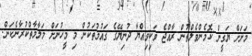
މަށަށް ޔަޤީން ކޮމެންވެލްތުން ރާއްޖެ ވަކިވިއްޔާ ދުނިޔޭގެ ޤައުމުތަކުން މި މީހުނަށް މަލާމާތްކުރާނެކަން.